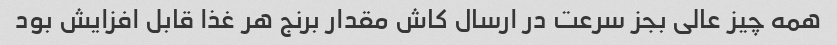
همه چیز عالی بجز سرعت در ارسال کاش مقدار برنج هر غذا قابل افزایش بود